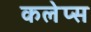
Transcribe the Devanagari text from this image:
कलेप्स